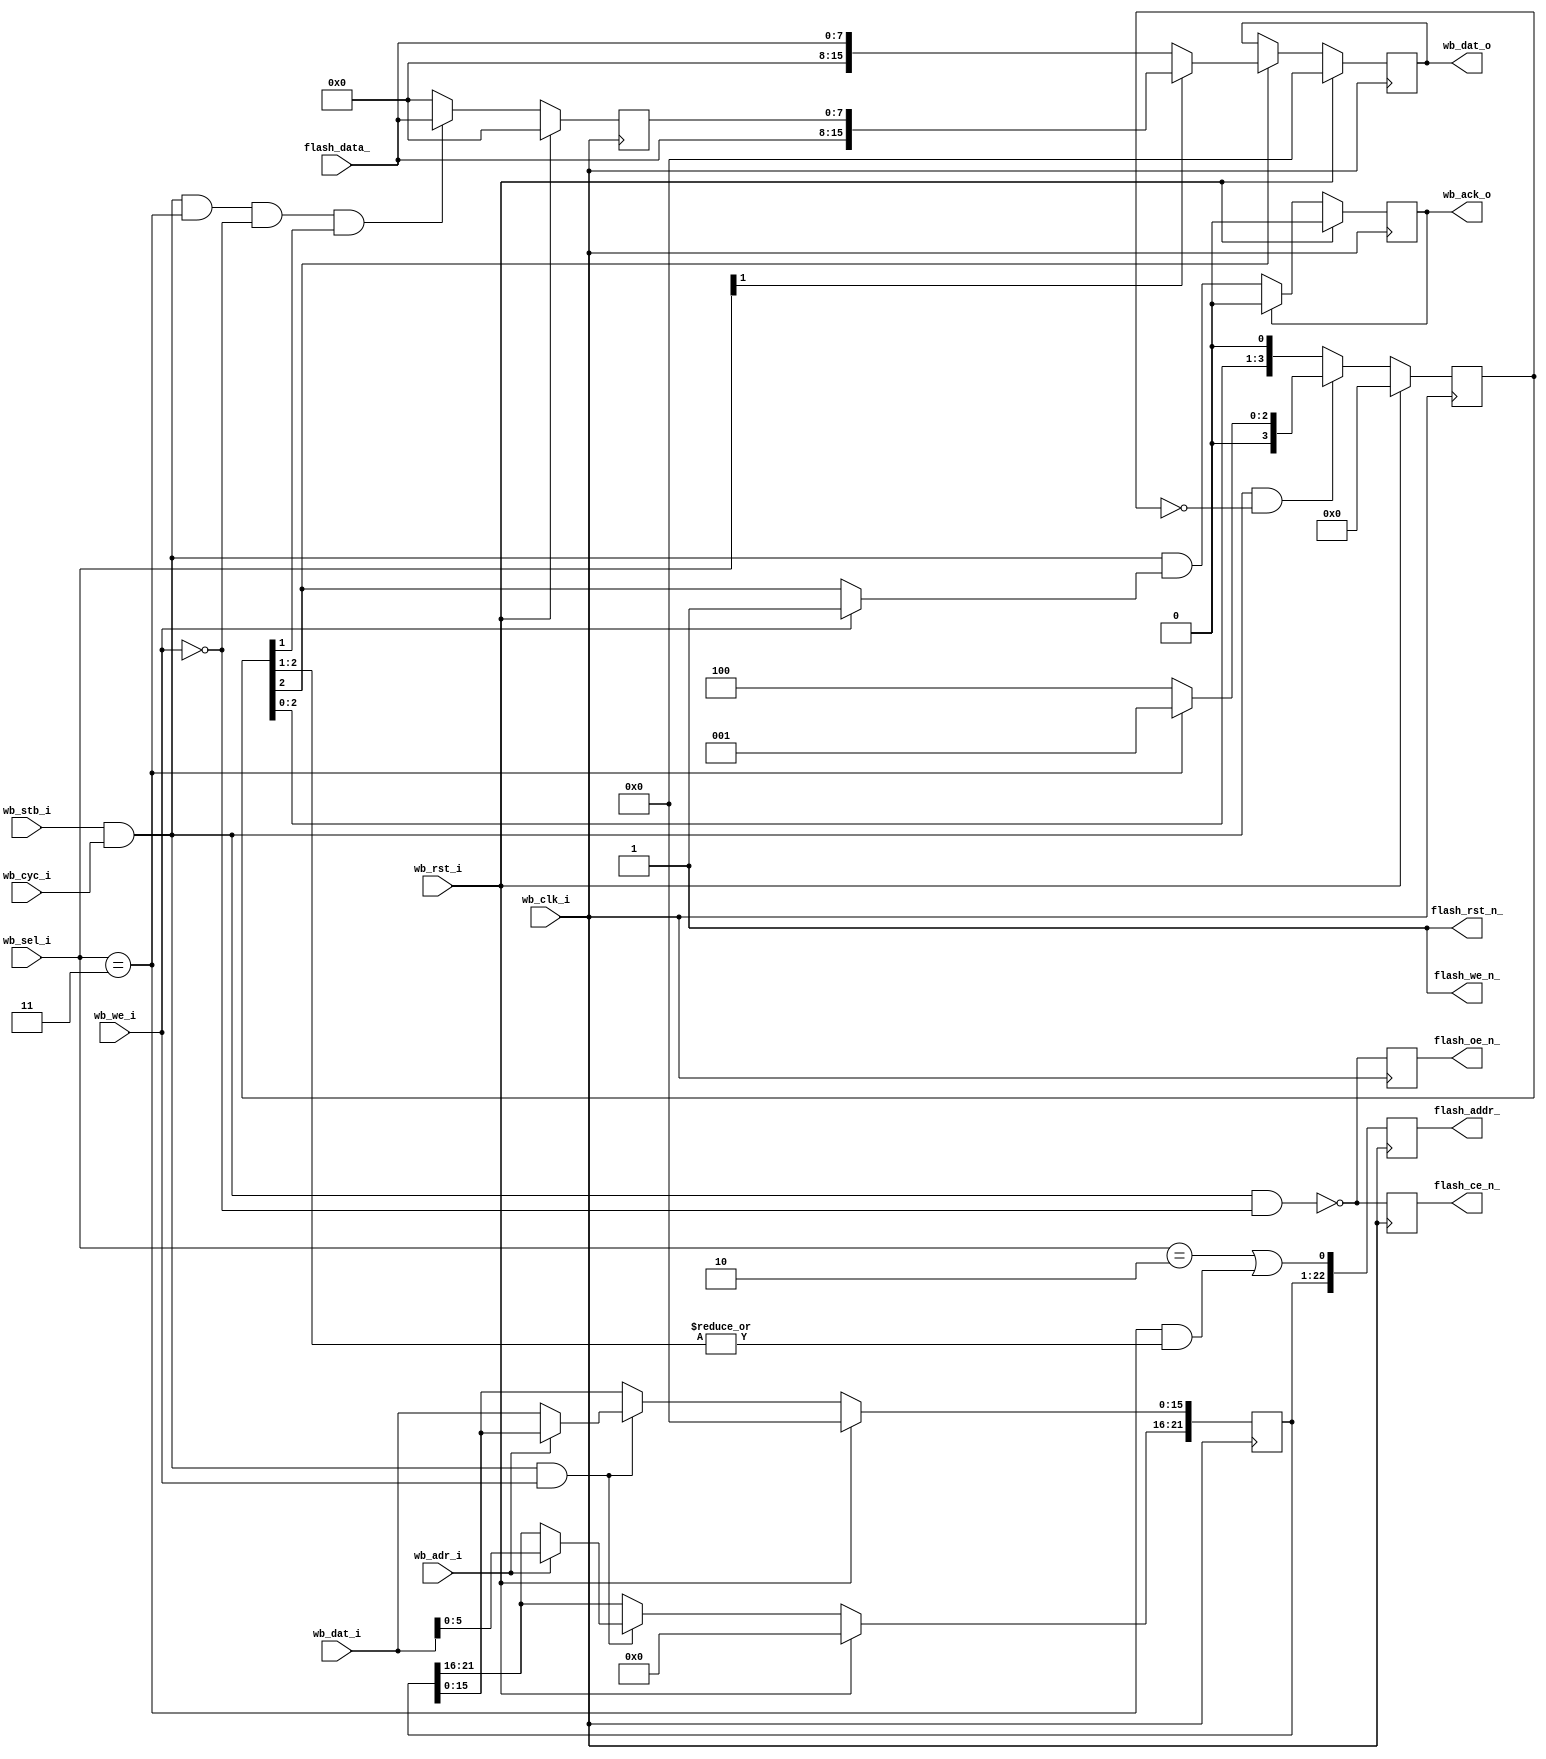
module flash8_r2 (
    // Wishbone slave interface
    input             wb_clk_i,
    input             wb_rst_i,
    input      [15:0] wb_dat_i,
    output reg [15:0] wb_dat_o,
    input             wb_we_i,
    input             wb_adr_i,
    input      [ 1:0] wb_sel_i,
    input             wb_stb_i,
    input             wb_cyc_i,
    output reg        wb_ack_o,

    // Pad signals
    output reg [22:0] flash_addr_,
    input      [ 7:0] flash_data_,
    output            flash_we_n_,
    output reg        flash_oe_n_,
    output reg        flash_ce_n_,
    output            flash_rst_n_
  );

  // Registers and nets
  wire        op;
  wire        wr_command;
  wire        flash_addr0;
  reg  [21:0] address;

  wire        word;
  wire        op_word;
  reg  [ 3:0] st;
  reg  [ 7:0] lb;

  // Combinatorial logic
  assign op      = wb_stb_i & wb_cyc_i;
  assign word    = wb_sel_i==2'b11;
  assign op_word = op & word & !wb_we_i;

  assign flash_rst_n_ = 1'b1;
  assign flash_we_n_  = 1'b1;

  assign flash_addr0 = (wb_sel_i==2'b10) | (word & |st[2:1]);
  assign wr_command  = op & wb_we_i;  // Wishbone write access Signal

  // Behaviour
  // flash_addr_
  always @(posedge wb_clk_i)
    flash_addr_ <= { address, flash_addr0 };

  // flash_oe_n_
  always @(posedge wb_clk_i)
    flash_oe_n_ <= !(op & !wb_we_i);

  // flash_ce_n_
  always @(posedge wb_clk_i)
    flash_ce_n_ <= !(op & !wb_we_i);

  // wb_dat_o
  always @(posedge wb_clk_i)
    wb_dat_o <= wb_rst_i ? 16'h0
      : (st[2] ? (wb_sel_i[1] ? { flash_data_, lb }
                              : { 8'h0, flash_data_ })
               : wb_dat_o);

  // wb_ack_o
  always @(posedge wb_clk_i)
    wb_ack_o <= wb_rst_i ? 1'b0
      : (wb_ack_o ? 1'b0 : (op & (wb_we_i ? 1'b1 : st[2])));

  // st - state
  always @(posedge wb_clk_i)
    st <= wb_rst_i ? 4'h0
      : (op & st==4'h0 ? (word ? 4'b0001 : 4'b0100)
                         : { st[2:0], 1'b0 });

  // lb - low byte
  always @(posedge wb_clk_i)
    lb <= wb_rst_i ? 8'h0 : (op_word & st[1] ? flash_data_ : 8'h0);

  // --------------------------------------------------------------------
  // Register addresses and defaults
  // --------------------------------------------------------------------
  `define FLASH_ALO   1'h0    // Lower 16 bits of address lines
  `define FLASH_AHI   1'h1    // Upper  6 bits of address lines
  always @(posedge wb_clk_i)  // Synchrounous
    if(wb_rst_i)
      address <= 22'h000000;  // Interupt Enable default
    else
      if(wr_command)          // If a write was requested
        case(wb_adr_i)        // Determine which register was writen to
            `FLASH_ALO: address[15: 0] <= wb_dat_i;
            `FLASH_AHI: address[21:16] <= wb_dat_i[5:0];
            default:    ;     // Default
        endcase               // End of case

endmodule